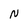
Character: N